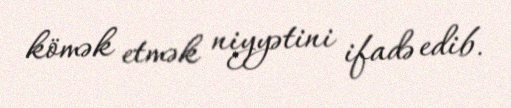
kömək etmək niyyətini ifadə edib.